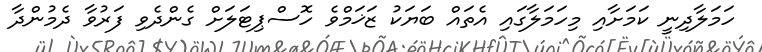
ހަމަލާދިނީ ކަމަށާއި މިހަމަލާގައި އެތައް ބަޔަކު ޒަޚަމްވެ ހޮސްޕިޓަލަށް ގެންދެވި ފަރުވާ ދެމުންދާ